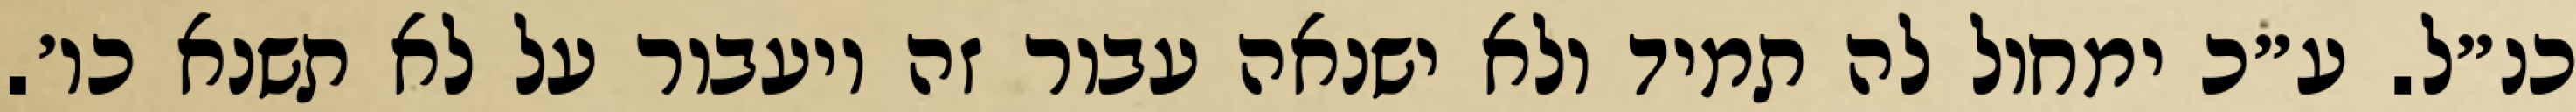
כנ״ל. ע״כ ימחול לה תמיד ולא ישנאה עבור זה ויעבור על לא תשנא כו׳.